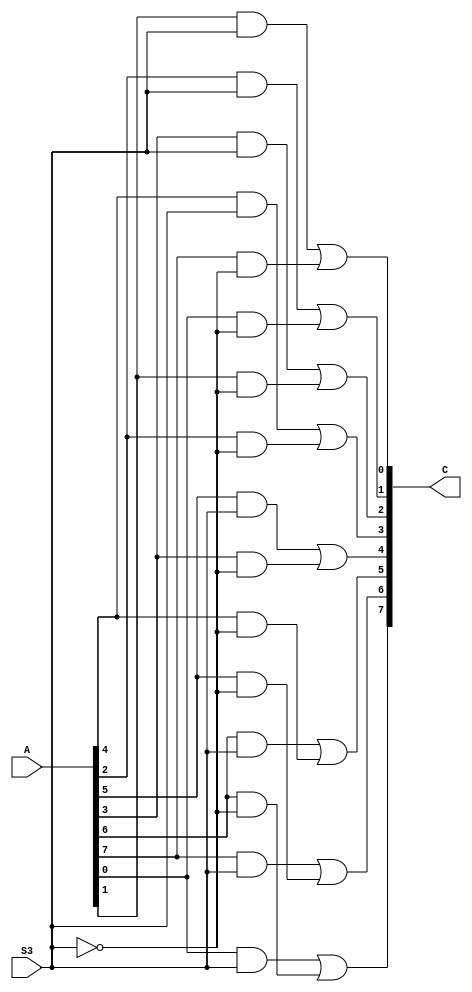
module SHIFTER_UNIT_rotate #(parameter WIDTH=8)(input [WIDTH-1:0] A,
input S3,
output reg [WIDTH-1:0] C
);
always @(*)
 begin
	C[0]=(A[1] & S3)|(A[7] & ~S3);
	C[1]=(A[2] & S3)|(A[0] & ~S3);
	C[2]=(A[3] & S3)|(A[1] & ~S3);
	C[3]=(A[4] & S3)|(A[2] & ~S3);
	C[4]=(A[5] & S3)|(A[3] & ~S3);
	C[5]=(A[6] & S3)|(A[4] & ~S3);
	C[6]=(A[7] & S3)|(A[5] & ~S3);
	C[7]=(A[0] & S3)|(A[6] & ~S3);
 end


endmodule